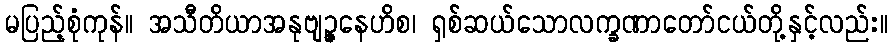
မပြည့်စုံကုန်။ အသီတိယာအနုဗျဉ္ဇနေဟိစ၊ ရှစ်ဆယ်သောလက္ခဏာတော်ငယ်တို့နှင့်လည်း။